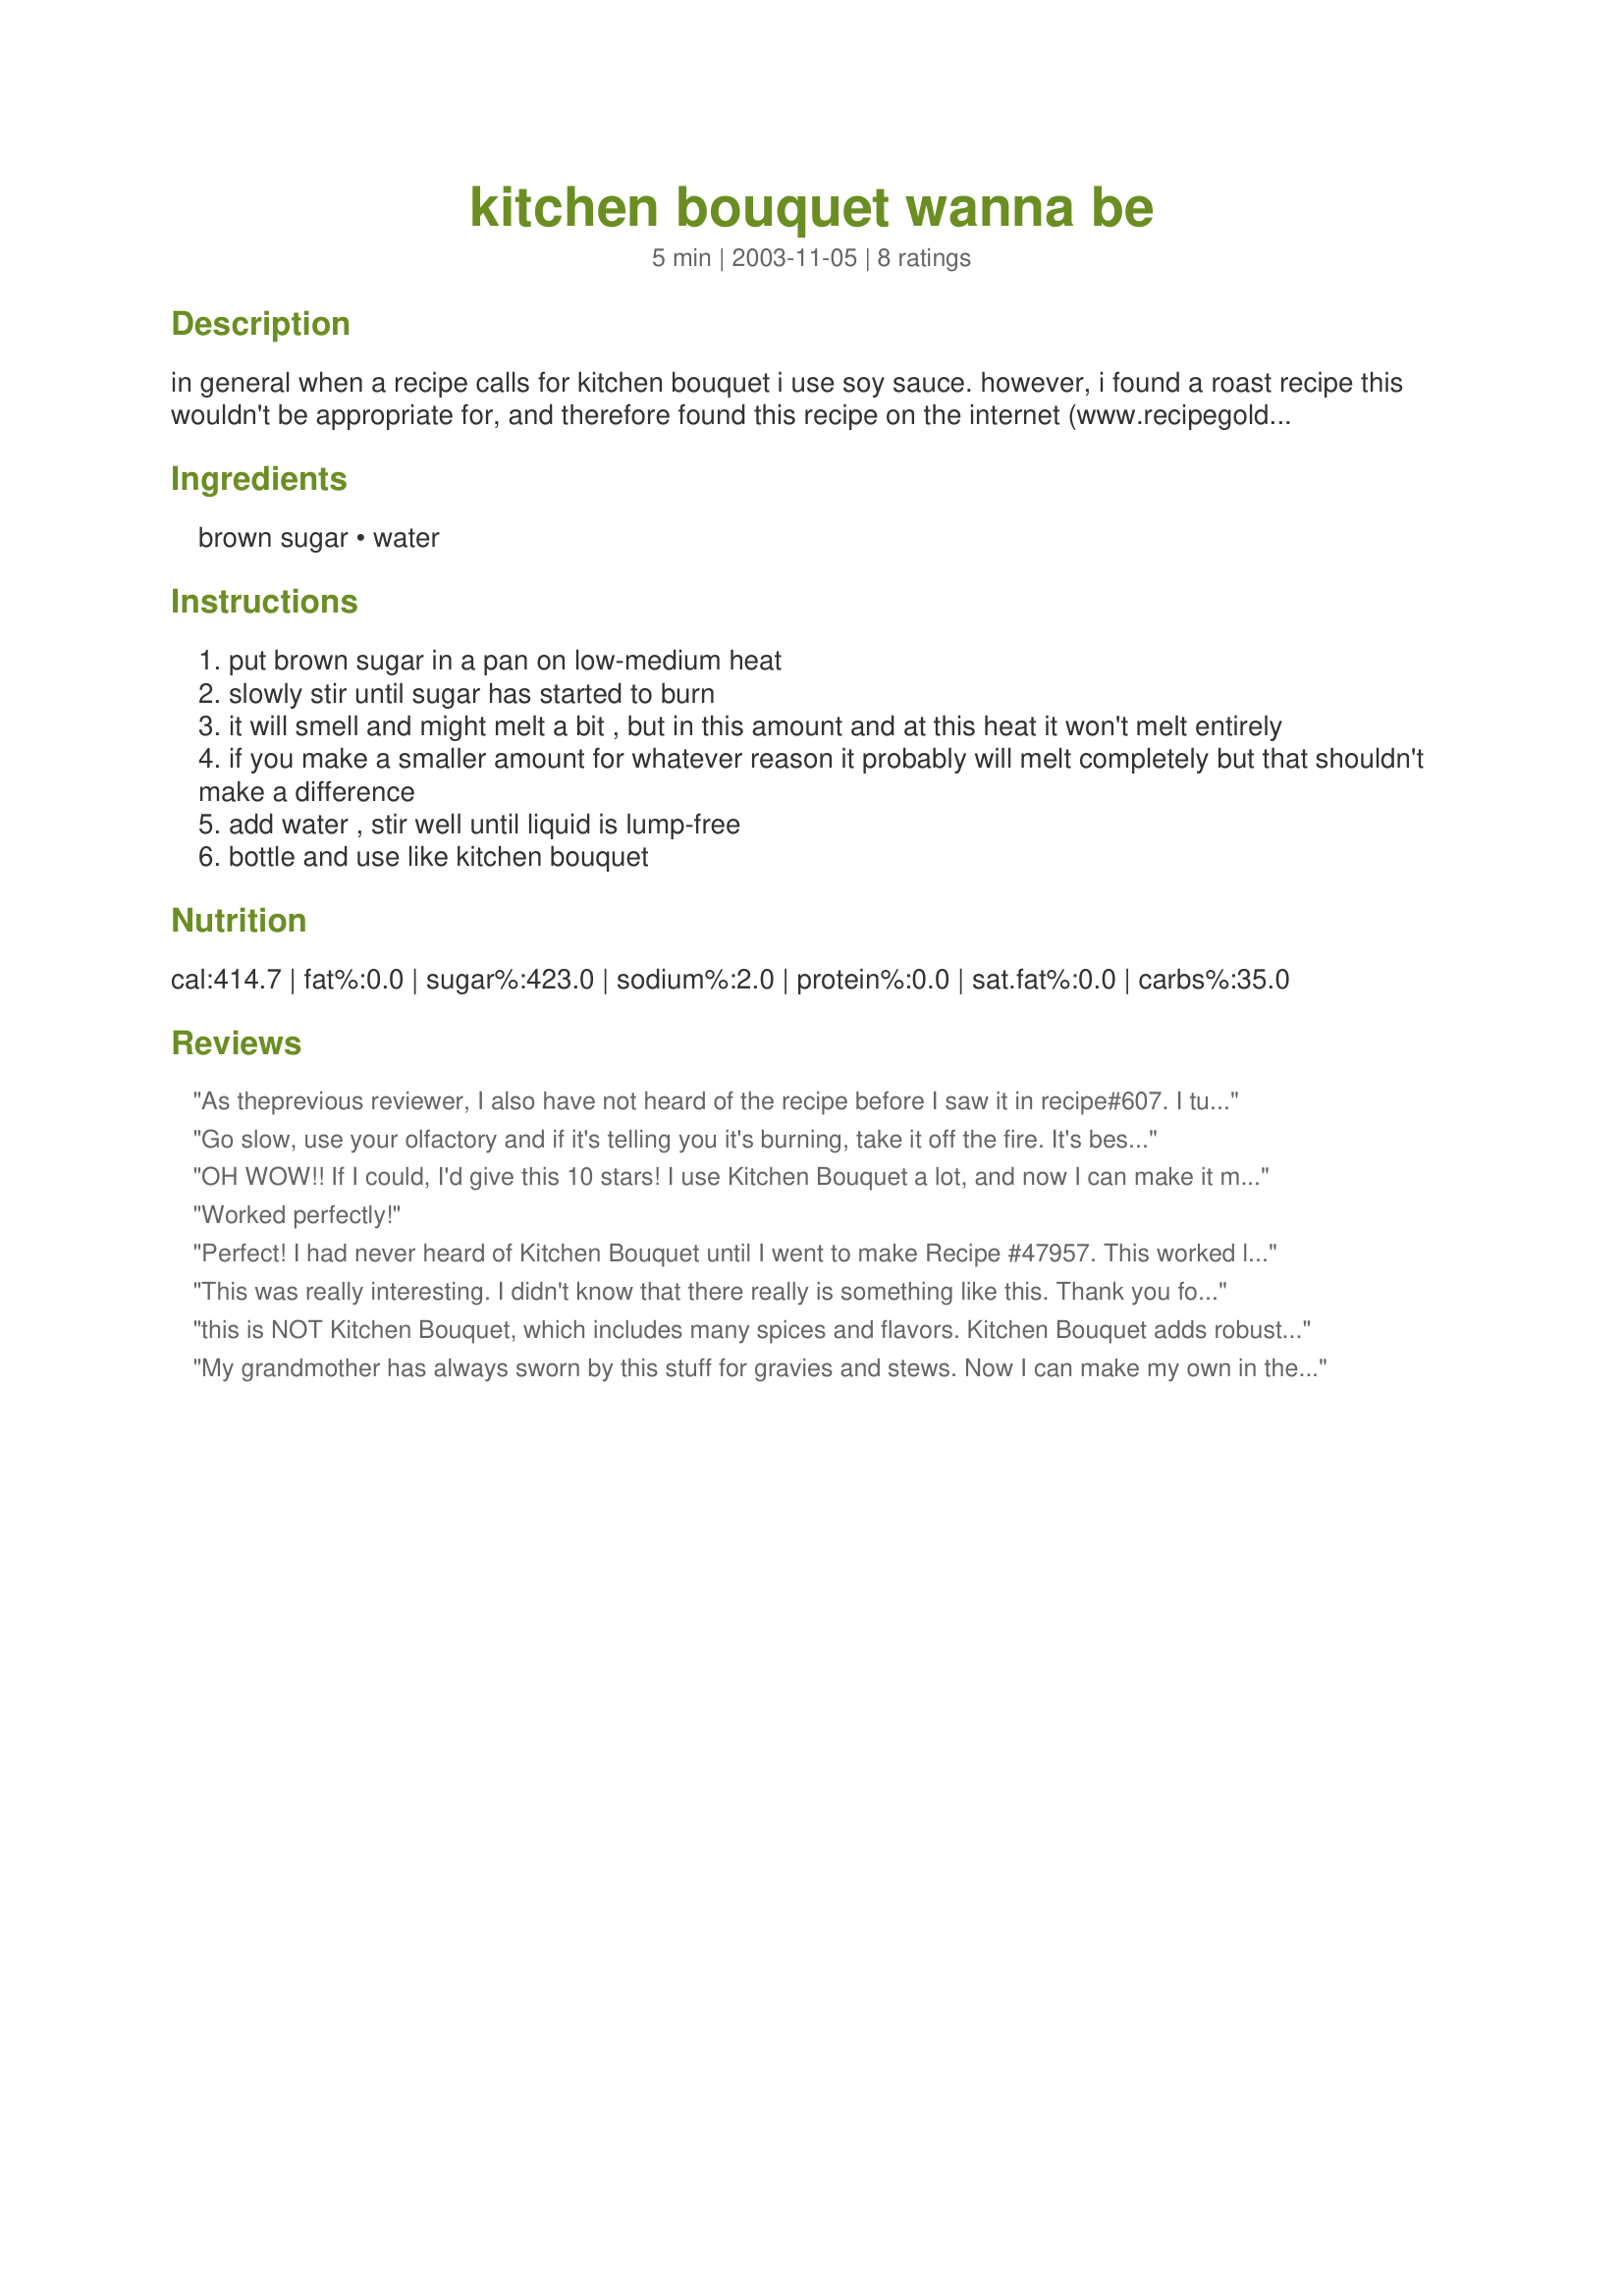
kitchen bouquet wanna be
Preparation time: 5 minutes

in general when a recipe calls for kitchen bouquet i use soy sauce. however, i found a roast recipe this wouldn't be appropriate for, and therefore found this recipe on the internet (www.recipegoldmine.com). to be honest, the first time i made this i didn't even follow the instructions, i just tossed some brown sugar in a pan, melted it and added water. but it worked fine. so i hope this is useful to whoever wants it.

Ingredients:
brown sugar, water

Steps:
put brown sugar in a pan on low-medium heat
slowly stir until sugar has started to burn
it will smell and might melt a bit , but in this amount and at this heat it won't melt entirely
if you make a smaller amount for whatever reason it probably will melt completely but that shouldn't make a difference
add water , stir well until liquid is lump-free
bottle and use like kitchen bouquet

Reviews:
As theprevious reviewer, I also have not heard of the recipe before I saw it in recipe#607. I turned out excellent and I ended up using the whole recipe!!
Go slow, use your olfactory and if it's telling you it's burning, take it off the fire. It's best not to let it get to the melting point, but to remain granular; otherwise your kitchen will nowhere smell like a bouquet. Ask me how I know.
OH WOW!! If I could, I'd give this 10 stars! I use Kitchen Bouquet a lot, and now I can make it myself!! We love it as a broiling sauce for hamburgers!
Worked perfectly!
Perfect! I had never heard of Kitchen Bouquet until I went to make Recipe #47957. This worked like a charm! Thanks so much!!
This was really interesting. I didn't know that there really is something like this. Thank you for enlightening me!
this is NOT Kitchen Bouquet, which includes many spices and flavors. Kitchen Bouquet adds robustness and flavor to stews, sauces and gravies. This may have it's uses but do not think it can replace Kitchen Bouquet in recipes!
My grandmother has always sworn by this stuff for gravies and stews. Now I can make my own in the quantity needed without having to buy a bottle at the store and have it sit in my cupboard forever!It is great to have this recipe!
